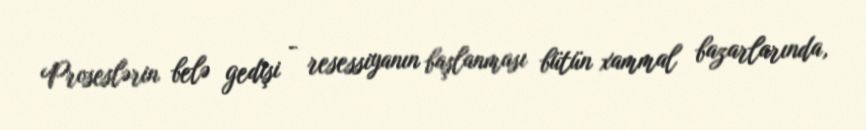
Proseslərin belə gedişi - resessiyanın başlanması bütün xammal bazarlarında,